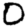
Digit: 0